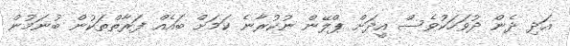
އަދި ދެން ދުވަހަކުވެސް އީދަށް ޕްލޭން ނުކުރާނެ ކަމަށް ބައެއް ފަރާތްތަކުން ބުނަމުން